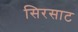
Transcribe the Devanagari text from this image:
सिरसाट